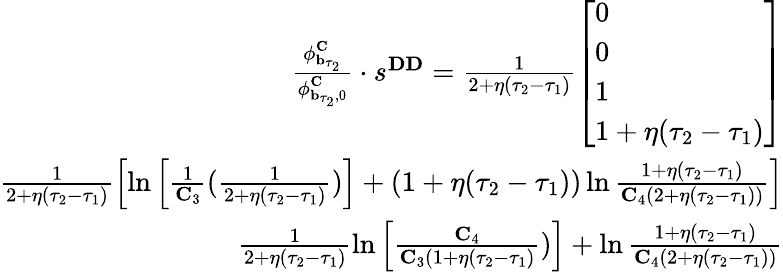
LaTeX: \begin{array}{r}{\frac{\mathbf{\phi}_{\mathbf{b}_{\tau_{2}}}^{\mathbf{C}}}{\mathbf{\phi}_{\mathbf{b}_{\tau_{2}},0}^{\mathbf{C}}}\cdot s^{\mathbf{DD}}=\frac{1}{2+\eta(\tau_{2}-\tau_{1})}\left[\begin{array}{l}{0}\\ {0}\\ {1}\\ {1+\eta(\tau_{2}-\tau_{1})}\end{array}\right]}\\ {\frac{1}{2+\eta(\tau_{2}-\tau_{1})}\left[\ln\left[\frac{1}{\mathbf{C}_{3}}(\frac{1}{2+\eta(\tau_{2}-\tau_{1})})\right]+(1+\eta(\tau_{2}-\tau_{1}))\ln\frac{1+\eta(\tau_{2}-\tau_{1})}{\mathbf{C}_{4}(2+\eta(\tau_{2}-\tau_{1}))}\right]}\\ {\frac{1}{2+\eta(\tau_{2}-\tau_{1})}\ln\left[\frac{\mathbf{C}_{4}}{\mathbf{C}_{3}(1+\eta(\tau_{2}-\tau_{1})})\right]+\ln\frac{1+\eta(\tau_{2}-\tau_{1})}{\mathbf{C}_{4}(2+\eta(\tau_{2}-\tau_{1}))}}\end{array}